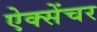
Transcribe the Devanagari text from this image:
ऐक्सेंचर